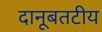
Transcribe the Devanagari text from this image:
दानूबतटीय